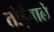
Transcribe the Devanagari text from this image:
तोड़ेवाले